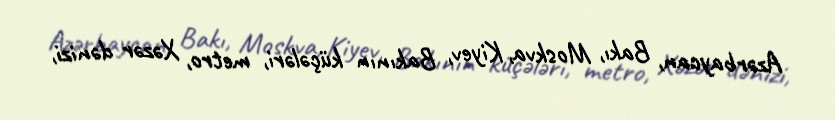
Azərbaycan, Bakı, Moskva, Kiyev, Bakının küçələri, metro, Xəzər dənizi,